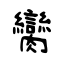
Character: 臠